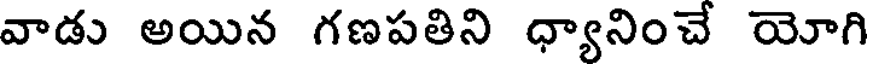
వాడు అయిన గణపతిని ధ్యానించే యోగి